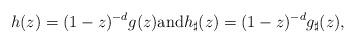
LaTeX: \begin{align*}h(z)=(1-z)^{-d}g(z) \mbox{and} h_{\sharp}(z)=(1-z)^{-d}g_{\sharp}(z),\end{align*}